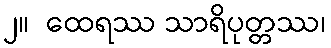
၂။  ထေရဿ သာရိပုတ္တဿ၊